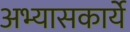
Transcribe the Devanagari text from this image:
अभ्यासकार्ये